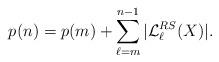
LaTeX: \begin{align*}p(n) = p(m) + \sum_{\ell = m}^{n-1} |\mathcal{L}^{RS}_\ell(X)|.\end{align*}